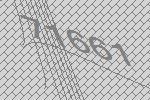
71661